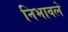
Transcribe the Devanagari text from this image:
निभावले